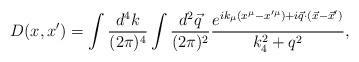
LaTeX: \begin{align*}D(x,x') = \int {d^4 k\over (2\pi)^4} \int {d^2 {\vec q}\over (2\pi)^2} {e^{i k_\mu (x^\mu-x'^\mu)+i{\vec q}\cdot ({\vec x}-{\vec x'})}\over k_4^2 + q^2},\end{align*}